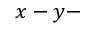
x - y -